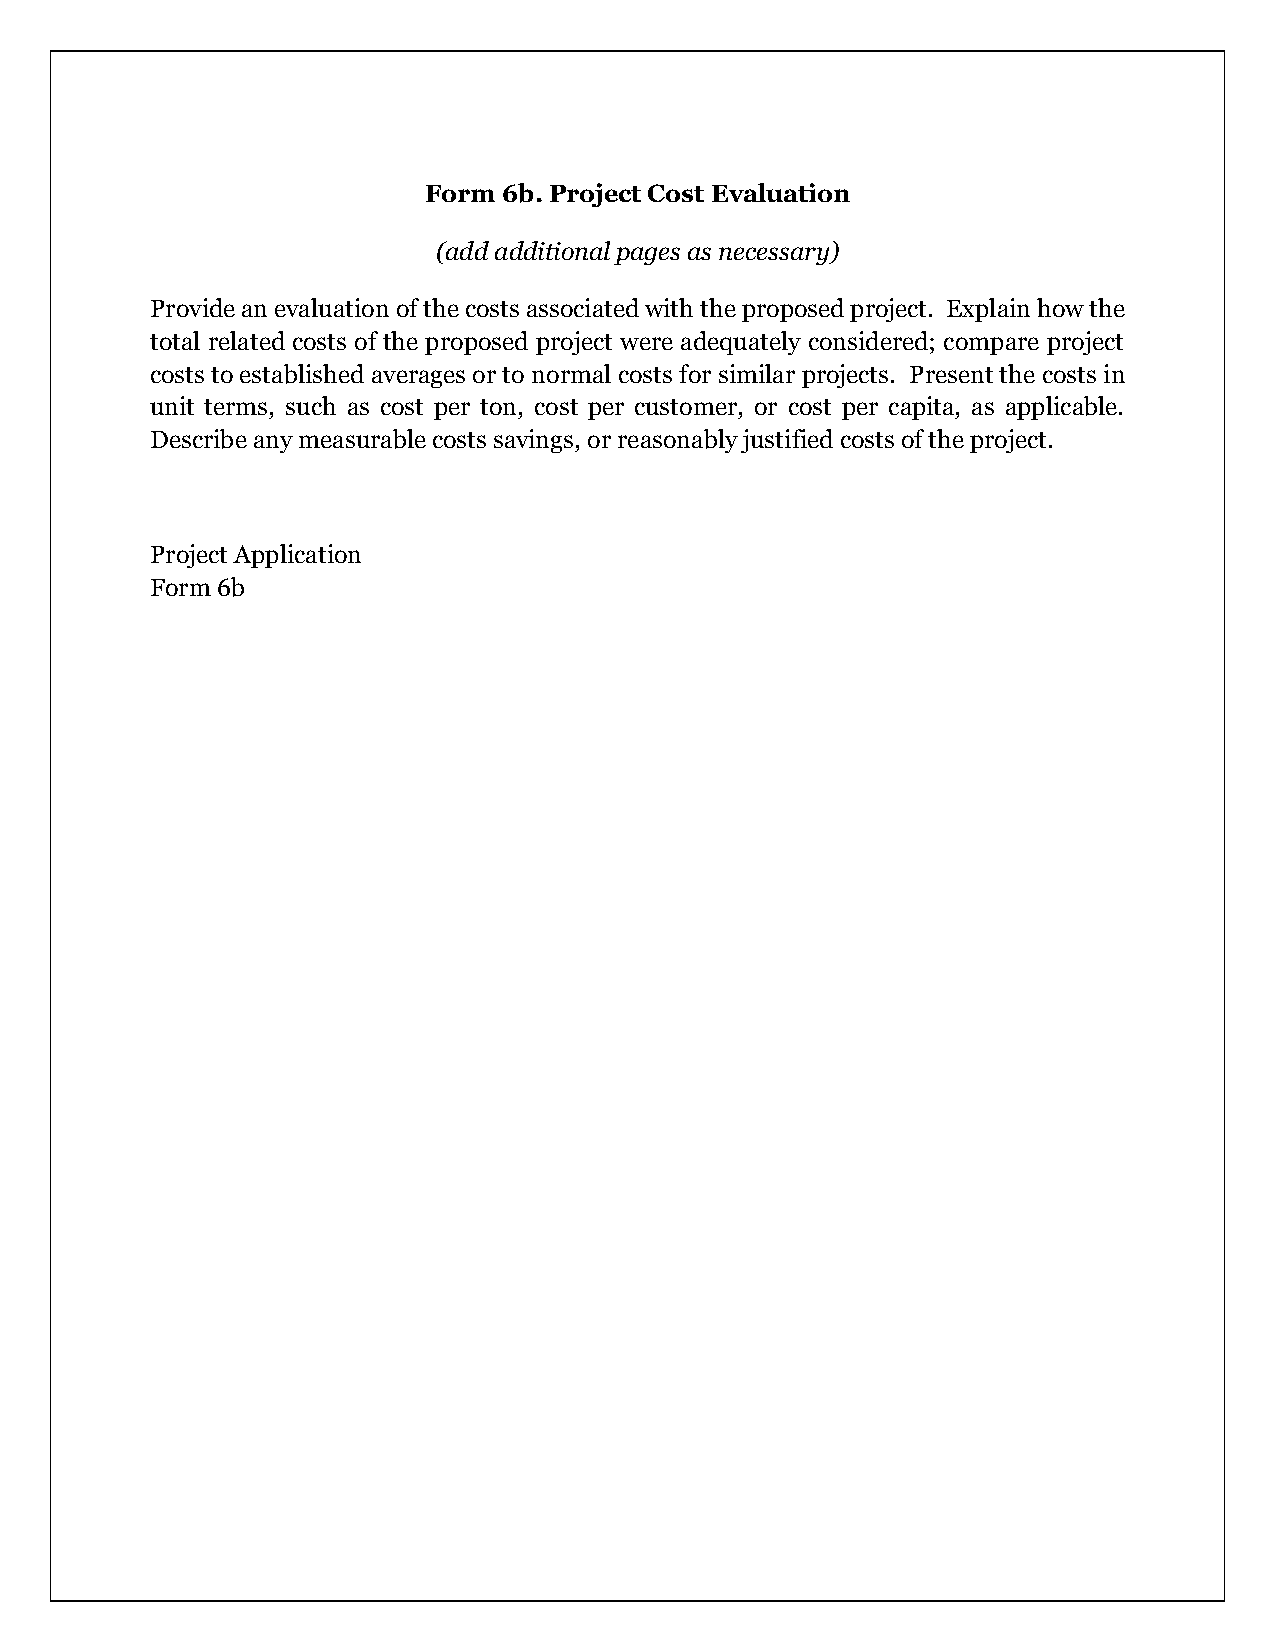
Form 6b. Project Cost Evaluation
 (add additional pages as necessary)
 Provide an evaluation of the costs associated with the proposed project. Explain how the
 total related costs of the proposed project were adequately considered; compare project
 costs to established averages or to normal costs for similar projects. Present the costs in
 unit terms, such as cost per ton, cost per customer, or cost per capita, as applicable.
 Describe any measurable costs savings, or reasonably justified costs of the project.
 Project Application
 Form 6b